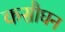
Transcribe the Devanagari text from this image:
कसौघन